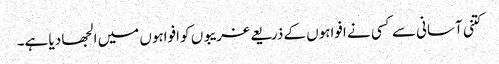
کتنی آسانی سے کسی نے افواہوں کے ذریعے غریبوں کو افواہوں میں الجھا دیا ہے۔